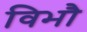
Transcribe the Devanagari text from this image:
विभौ